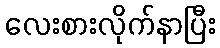
လေးစားလိုက်နာပြီး